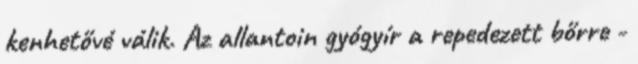
kenhetővé válik. Az allantoin gyógyír a repedezett bőrre -